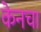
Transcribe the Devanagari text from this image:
केनचा